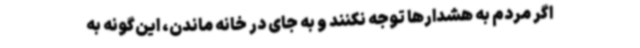
اگر مردم به هشدارها توجه نکنند و به جای در خانه ماندن، این‌گونه به